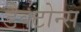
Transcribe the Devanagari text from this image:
डैक्टोन्स